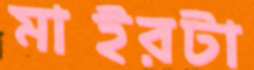
মাইরটা